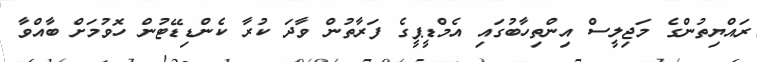
ރައްޔިތުންގެ މަޖިލީސް އިންތިހާބުގައި އެމްޑީޕީގެ ފަރާތުން ވާދަ ކުރާ ކެންޑިޑޭޓުން ހޮވުމަށް ބާއްވާ